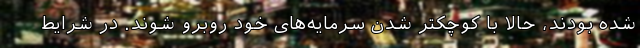
شده بودند، حالا با کوچکتر شدن سرمایه‌های خود روبرو شوند. در شرایط